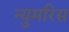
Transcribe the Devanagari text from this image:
न्युमरिस